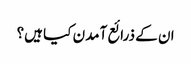
ان کے ذرائع آمدن کیا ہیں؟